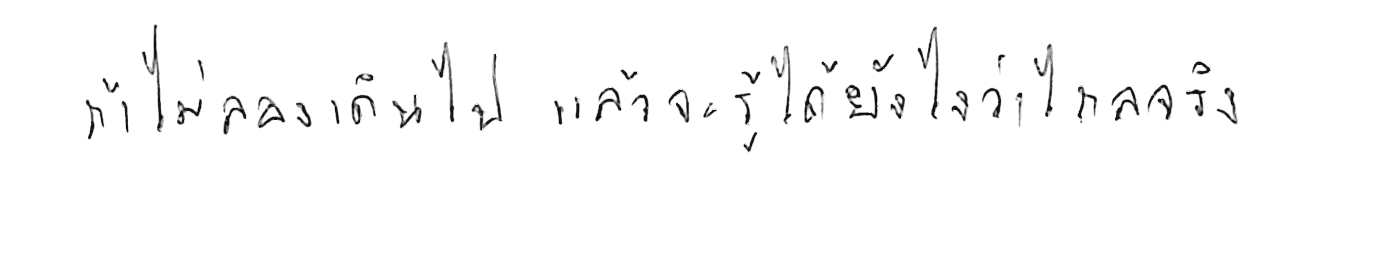
ถ้าไม่ลองเดินไป แล้วจะรู้ได้ยังไงว่าไกลจริง